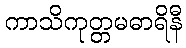
ကာသိကုတ္တမဓာရိနီ